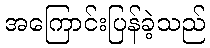
အကြောင်းပြန်ခဲ့သည်